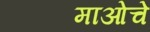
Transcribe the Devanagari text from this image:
माओचे